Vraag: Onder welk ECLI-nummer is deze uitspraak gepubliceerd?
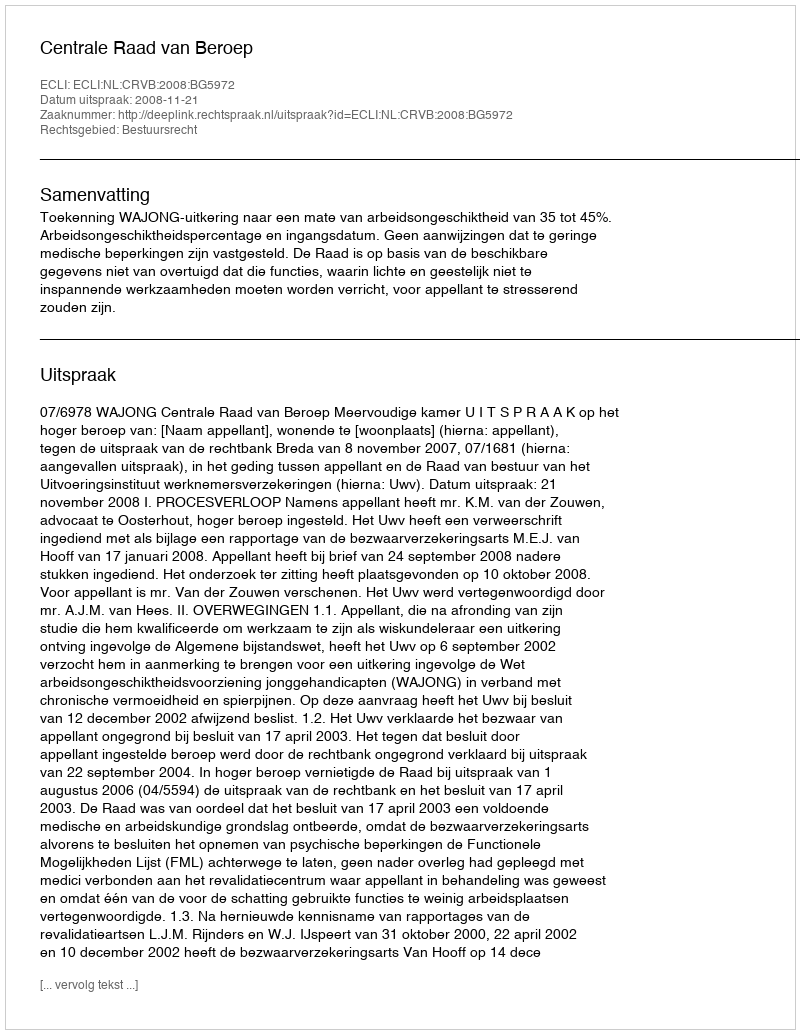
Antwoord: ECLI:NL:CRVB:2008:BG5972